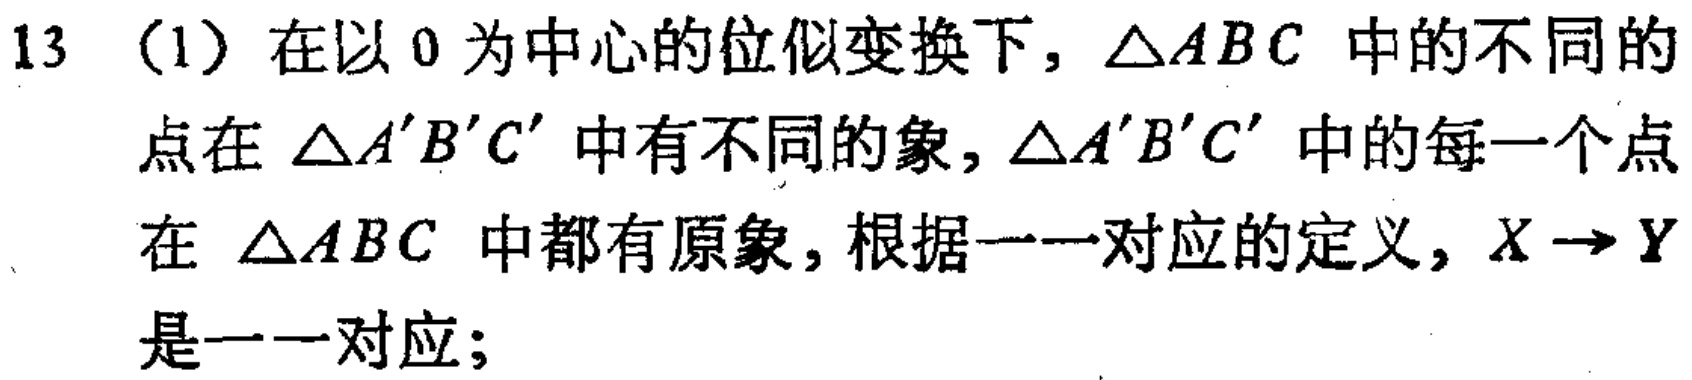
13（1）在以\(0\)为中心的位似变换下，\(\triangle ABC\)中的不同的点在\(\triangle A'B'C'\)中有不同的象，\(\triangle A'B'C'\)中的每一个点在\(\triangle ABC\)中都有原象，根据一一对应的定义，\(X\rightarrow Y\)是一一对应；